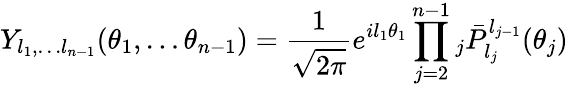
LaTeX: Y_{l_{1},\dots l_{n-1}}(\theta_{1},\dots\theta_{n-1})={\frac{1}{\sqrt{2\pi}}}e^{il_{1}\theta_{1}}\prod_{j=2}^{n-1}{}_{j}{\bar{P}}_{l_{j}}^{l_{j-1}}(\theta_{j})